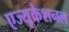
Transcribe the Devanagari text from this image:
एज्यूकेशनल